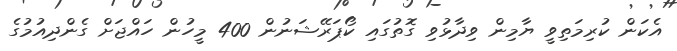
އެކަން ކުރިމަތިވީ ޔާމިން ވިދާޅުވި ގޮތުގައި ކޯޕަރޭޝަނުން 400 މީހުން ހައްޖަށް ގެންދިއުމުގެ